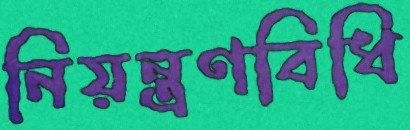
নিয়ন্ত্রণবিধি